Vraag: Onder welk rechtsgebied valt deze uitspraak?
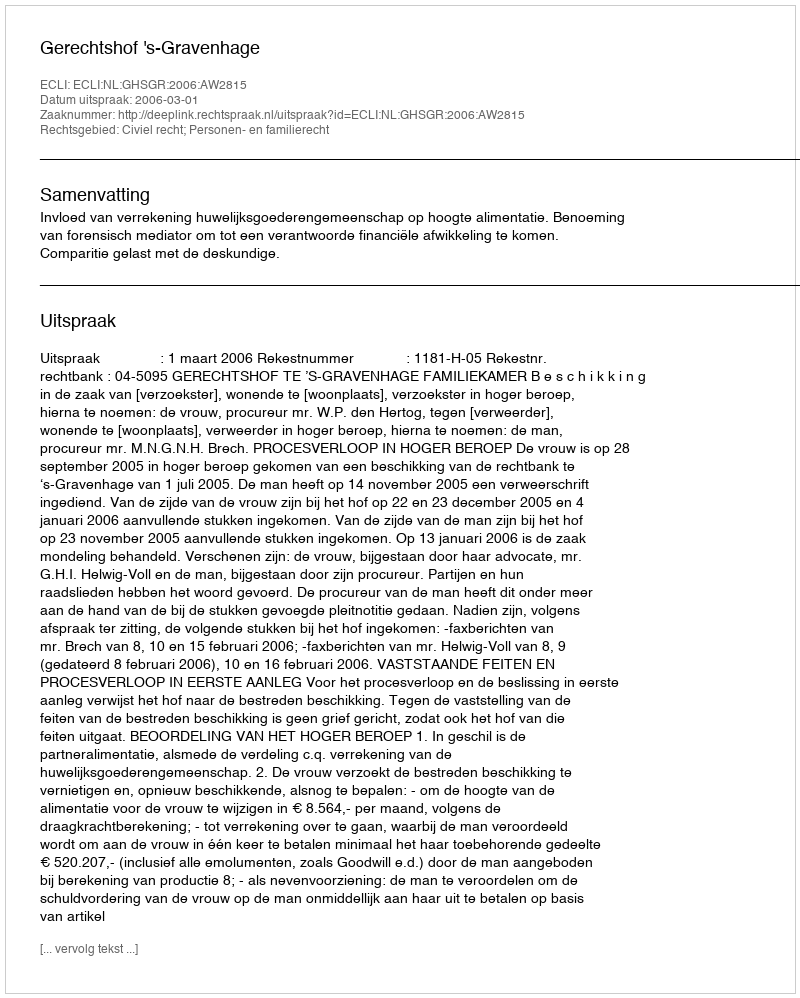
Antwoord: Civiel recht; Personen- en familierecht